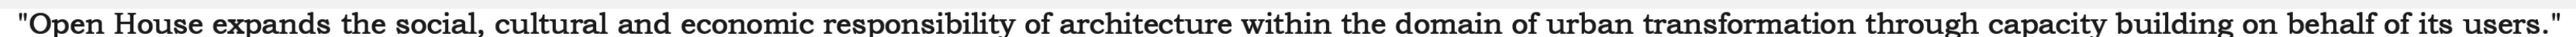
"Open House expands the social, cultural and economic responsibility of architecture within the domain of urban transformation through capacity building on behalf of its users."